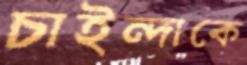
চাইন্দাকে